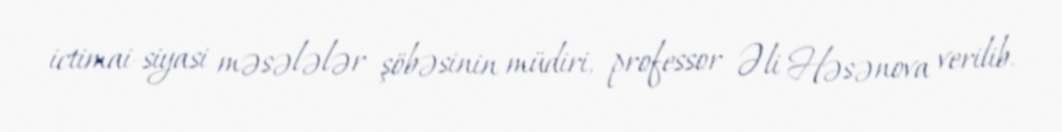
ictimai-siyasi məsələlər şöbəsinin müdiri, professor Əli Həsənova verilib.